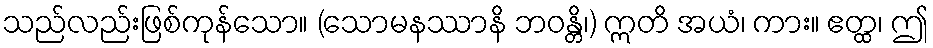
သည်လည်းဖြစ်ကုန်သော။ (သောမနဿာနိ ဘဝန္တိ၊) ဣတိ အယံ၊ ကား။ ဧတ္ထ၊ ဤ